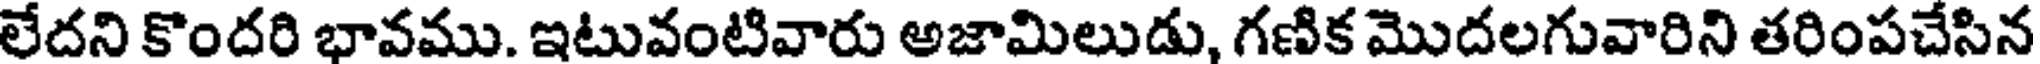
లేదని కొందరి భావము. ఇటువంటివారు అజామిలుడు, గణిక మొదలగువారిని తరింపచేసిన